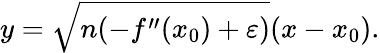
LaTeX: y={\sqrt{n(-f^{\prime\prime}(x_{0})+\varepsilon)}}(x-x_{0}).